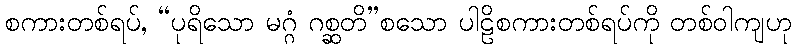
စကားတစ်ရပ်, “ပုရိသော မဂ္ဂံ ဂစ္ဆတိ”စသော ပါဠိစကားတစ်ရပ်ကို တစ်ဝါကျဟု